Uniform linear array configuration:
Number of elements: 64
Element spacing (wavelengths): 0.25
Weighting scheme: cosine
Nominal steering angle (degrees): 0
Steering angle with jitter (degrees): -0.6395
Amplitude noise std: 0.05
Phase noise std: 0.05

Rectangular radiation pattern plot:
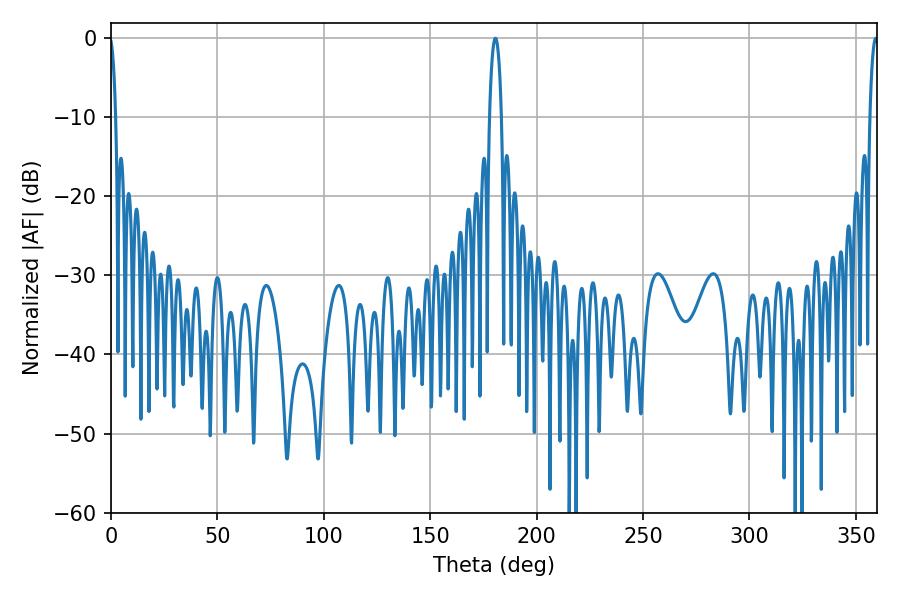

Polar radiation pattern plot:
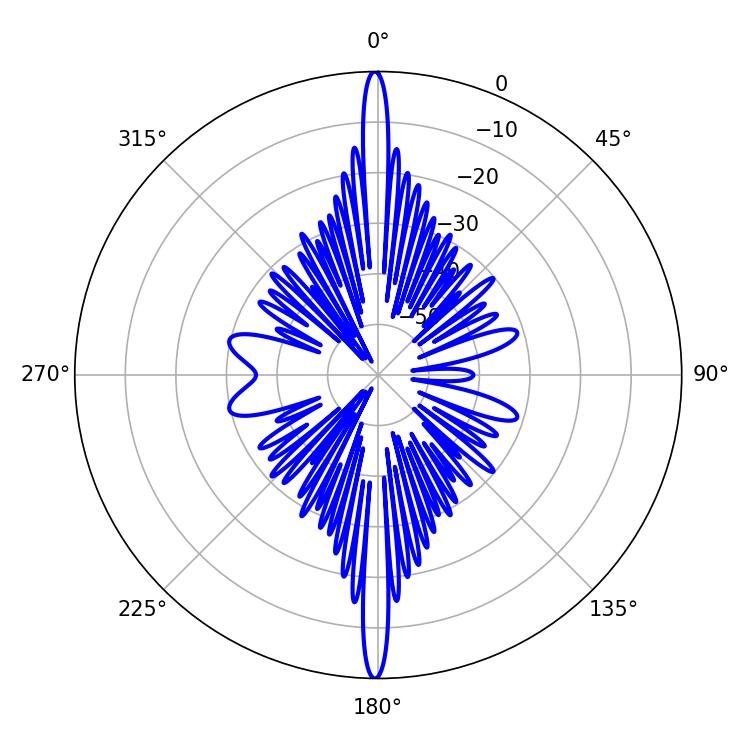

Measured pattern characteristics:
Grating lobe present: FALSE
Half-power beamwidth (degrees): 2.16
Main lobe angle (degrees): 359.28